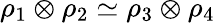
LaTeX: \rho_{1}\otimes\rho_{2}\simeq\rho_{3}\otimes\rho_{4}